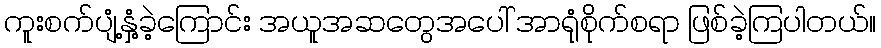
ကူးစက်ပျံ့နှံ့ခဲ့ကြောင်း အယူအဆတွေအပေါ် အာရုံစိုက်စရာ ဖြစ်ခဲ့ကြပါတယ်။